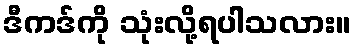
ဒီကဒ်ကို သုံးလို့ရပါသလား။